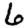
Digit: 6